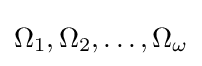
\Omega _{1},\Omega _{2},\ldots ,\Omega _{\omega }